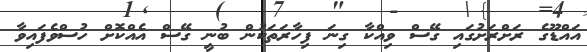
އައްޑޫގެ ރަށްރަށުގައި ގޭސް ވިއްކާ ގިނަ ފިހާރަތަކުން ބުނީ ގޭސް އެއްކޮށް ހުސްވެފައިވާ